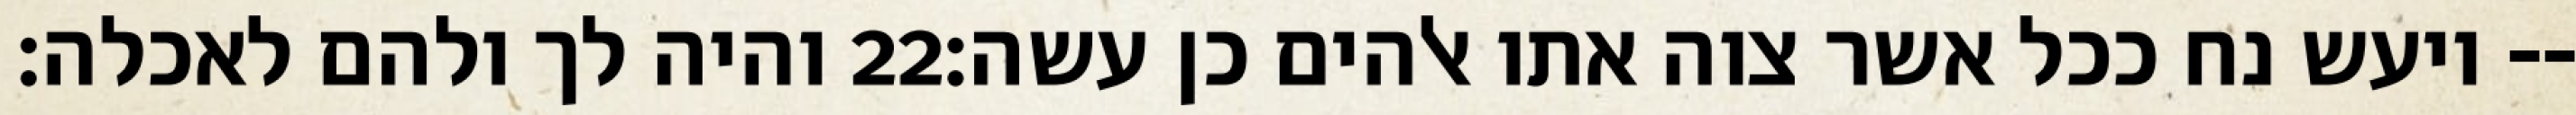
והיה לך ולהם לאכלה׃ ‎22‏ ויעש נח ככל אשר צוה אתו אלהים כן עשה׃--